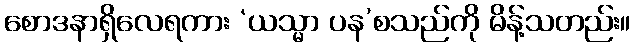
စောဒနာရှိလေရကား ‘ယသ္မာ ပန’စသည်ကို မိန့်သတည်း။